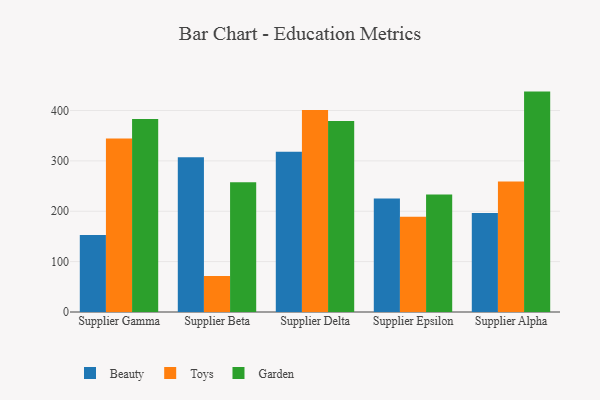
{"axis": {"x": "Supplier", "y": "Gross Profit (USD K)"}, "legend": ["Beauty", "Garden", "Toys"], "data": [{"x": "Supplier Gamma", "y": 152.9, "type": "Beauty"}, {"x": "Supplier Gamma", "y": 344.5, "type": "Toys"}, {"x": "Supplier Gamma", "y": 383.1, "type": "Garden"}, {"x": "Supplier Beta", "y": 307.3, "type": "Beauty"}, {"x": "Supplier Beta", "y": 71.7, "type": "Toys"}, {"x": "Supplier Beta", "y": 257.8, "type": "Garden"}, {"x": "Supplier Delta", "y": 318.2, "type": "Beauty"}, {"x": "Supplier Delta", "y": 401.0, "type": "Toys"}, {"x": "Supplier Delta", "y": 379.0, "type": "Garden"}, {"x": "Supplier Epsilon", "y": 225.4, "type": "Beauty"}, {"x": "Supplier Epsilon", "y": 188.9, "type": "Toys"}, {"x": "Supplier Epsilon", "y": 233.0, "type": "Garden"}, {"x": "Supplier Alpha", "y": 196.6, "type": "Beauty"}, {"x": "Supplier Alpha", "y": 259.2, "type": "Toys"}, {"x": "Supplier Alpha", "y": 437.5, "type": "Garden"}]}